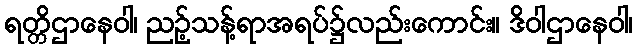
ရတ္တိဌာနေဝါ၊ ညဉ့်သန့်ရာအရပ်၌လည်းကောင်း။ ဒိဝါဌာနေဝါ၊